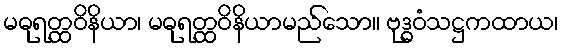
မဓုရတ္ထဝိနိယာ၊ မဓုရတ္ထဝိနိယာမည်သော။ ဗုဒ္ဓဝံသဋ္ဌကထာယ၊